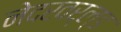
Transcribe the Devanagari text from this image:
नेदरवर्ल्ड